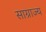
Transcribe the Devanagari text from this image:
साग्राज्‍य